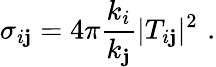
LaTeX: \sigma_{i\mathbf{j}}=4\pi{\frac{{k_{i}}}{{k_{\mathbf{j}}}}}|T_{i\mathbf{j}}|^{2}\, \, .